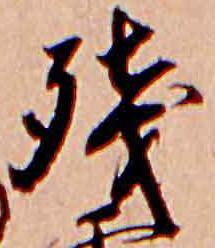
残